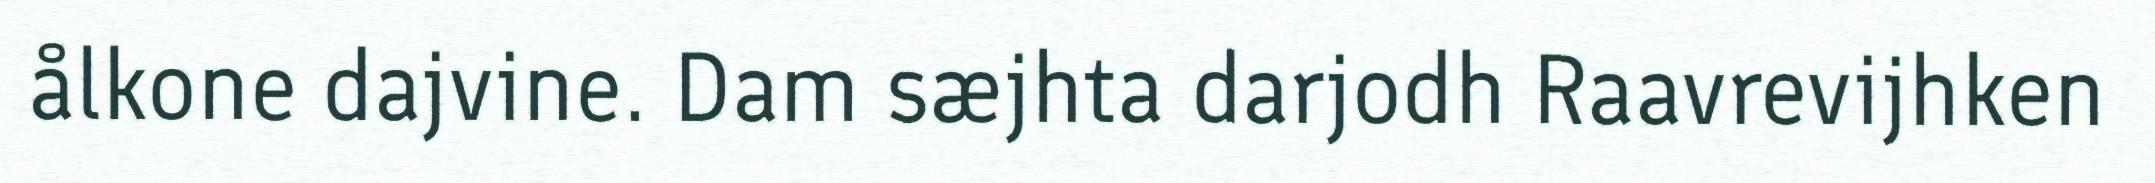
ålkone dajvine. Dam sæjhta darjodh Raavrevijhken